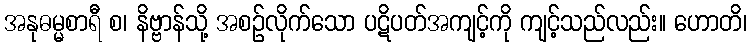
အနုဓမ္မစာရီ စ၊ နိဗ္ဗာန်သို့ အစဉ်လိုက်သော ပဋိပတ်အကျင့်ကို ကျင့်သည်လည်း။ ဟောတိ၊